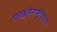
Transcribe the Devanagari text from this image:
यच्छलेनानुविद्धम्